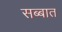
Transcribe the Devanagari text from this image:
सब्बात